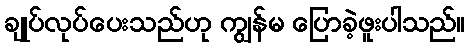
ချုပ်လုပ်ပေးသည်ဟု ကျွန်မ ပြောခဲ့ဖူးပါသည်။